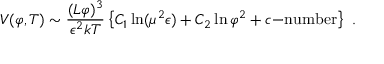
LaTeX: V ( \varphi , T ) \sim \frac { ( L \varphi ) ^ { 3 } } { \epsilon ^ { 2 } k T } \left\{ C _ { 1 } \ln ( \mu ^ { 2 } \epsilon ) + C _ { 2 } \ln \varphi ^ { 2 } + c \mathrm { - n u m b e r } \right\} \ .